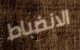
الانضباط